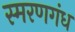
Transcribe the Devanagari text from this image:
स्मरणगंध